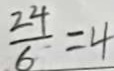
\frac { 2 4 } { 6 } = 4